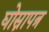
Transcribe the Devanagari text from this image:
घोस्नापत्र